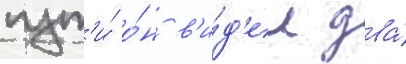
пут'и́ о́н в'и́д'ел два́